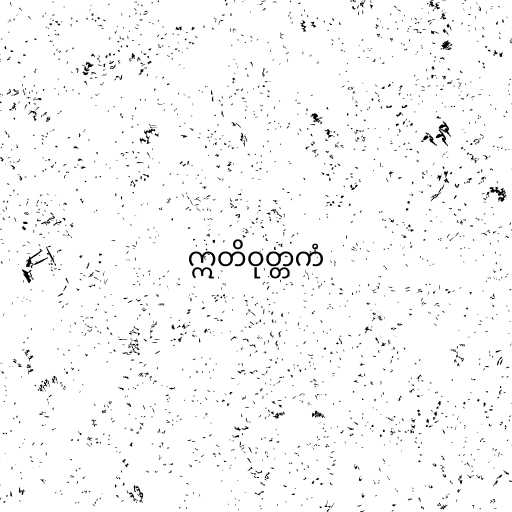
ဣတိဝုတ္တကံ